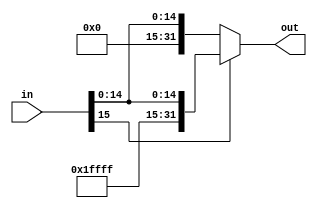
module SignExtend (
	// output
	output	[31:0]	out,
	// input
	input	[15:0]	in
	);

	assign out = (in[15] == 1) ? {16'b1111111111111111, in} : {16'b0000000000000000, in};

endmodule